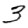
Digit: 3